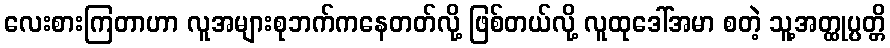
လေးစားကြတာဟာ လူအများစုဘက်ကနေတတ်လို့ ဖြစ်တယ်လို့ လူထုဒေါ်အမာ စတဲ့ သူ့အတ္ထုပ္ပတ္တိ